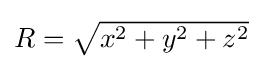
{\textstyle R={\sqrt {x^{2}+y^{2}+z^{2}}}}